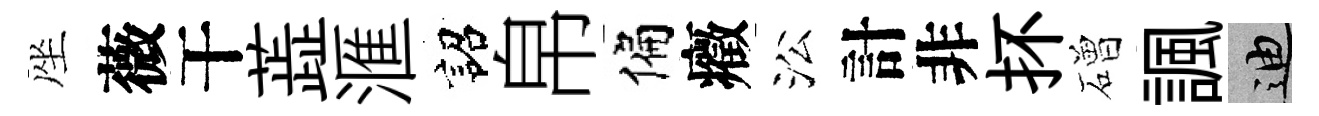
座薇干蕋滙詔帛偏癥㳂計非抔磳諷迪